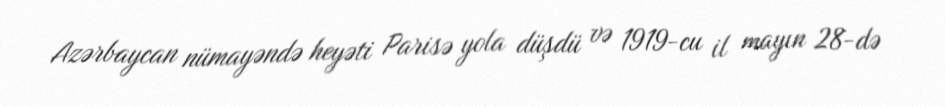
Azərbaycan nümayəndə heyəti Parisə yola düşdü və 1919-cu il mayın 28-də